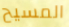
المسيح